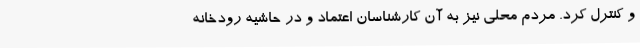
و کنترل کرد. مردم محلی نیز به آن کارشناسان اعتماد و در حاشیه رودخانه